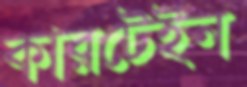
কারটেইন